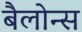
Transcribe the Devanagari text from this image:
बैलोन्स